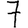
Digit: 7